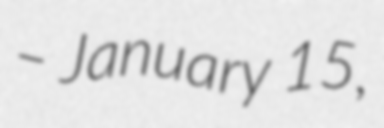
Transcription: – January 15,